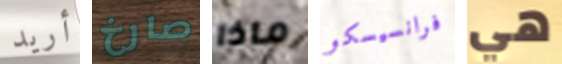
أريد صارخ ماذا فرانسيسكو هي